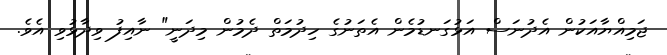
ޖަމިއްޔާއަކުން އެދުނަސް އަޅުގަނޑުމެން އެތަނުގެ ހިދުމަތް ދެމުން މިދަނީ" ނާއިފު ވިދާޅުވި އެވެ.